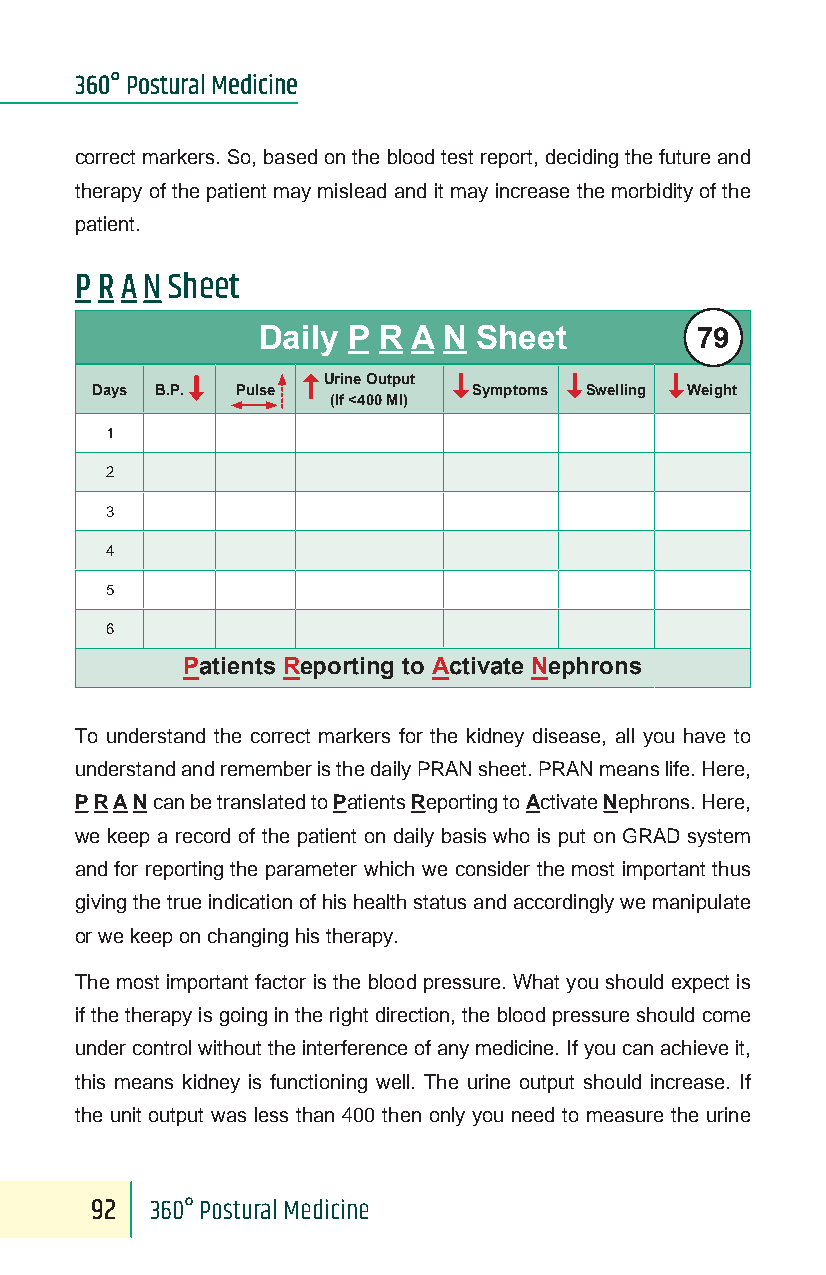
360° Postural Medicine
 correct markers. So, based on the blood test report, deciding the future and
 therapy of the patient may mislead and it may increase the morbidity of the
 patient.
 P R A N Sheet
 79
 Daily P R A N  Sheet
 Urine Output
 Days B.P. Pulse          Symptoms Swelling Weight
 (If <400 Ml)
 1
 2
 3
 4
 5
 6
 Patients Reporting to Activate Nephrons
 To understand the correct markers for the kidney disease, all you have to
 understand and remember is the daily PRAN sheet. PRAN means life. Here,
 P R A N can be translated to Patients Reporting to Activate Nephrons. Here,
 we keep a record of the patient on daily basis who is put on GRAD system
 and for reporting the parameter which we consider the most important thus
 giving the true indication of his health status and accordingly we manipulate
 or we keep on changing his therapy.
 The most important factor is the blood pressure. What you should expect is
 if the therapy is going in the right direction, the blood pressure should come
 under control without the interference of any medicine. If you can achieve it,
 this means kidney is functioning well. The urine output should increase. If
 the unit output was less than 400 then only you need to measure the urine
 92  360° Postural Medicine